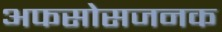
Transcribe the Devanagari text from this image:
अफसोसजनक